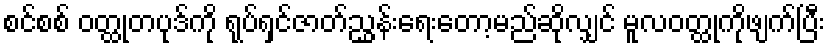
စင်စစ် ဝတ္ထုတပုဒ်ကို ရုပ်ရှင်ဇာတ်ညွှန်းရေးတော့မည်ဆိုလျှင် မူလဝတ္ထုကိုဖျက်ပြီး